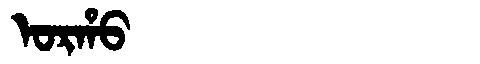
Manchu: ᠣᡵᡥᠣ
Romanization: ORHO